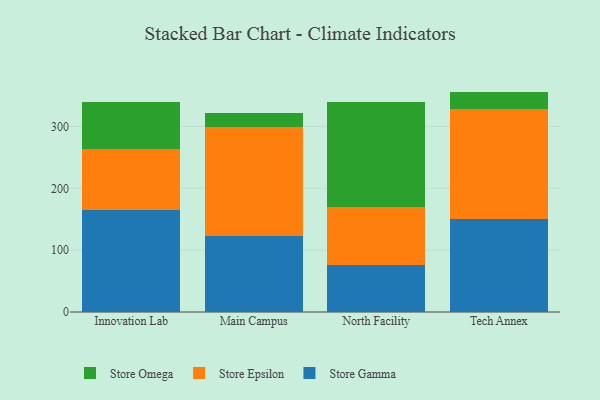
{"axis": {"x": "Campus", "y": "Page Views"}, "legend": ["Store Epsilon", "Store Gamma", "Store Omega"], "data": [{"x": "Innovation Lab", "y": 164.8, "type": "Store Gamma"}, {"x": "Innovation Lab", "y": 99.2, "type": "Store Epsilon"}, {"x": "Innovation Lab", "y": 75.2, "type": "Store Omega"}, {"x": "Main Campus", "y": 123.3, "type": "Store Gamma"}, {"x": "Main Campus", "y": 175.6, "type": "Store Epsilon"}, {"x": "Main Campus", "y": 22.1, "type": "Store Omega"}, {"x": "North Facility", "y": 76.2, "type": "Store Gamma"}, {"x": "North Facility", "y": 94.4, "type": "Store Epsilon"}, {"x": "North Facility", "y": 168.5, "type": "Store Omega"}, {"x": "Tech Annex", "y": 150.3, "type": "Store Gamma"}, {"x": "Tech Annex", "y": 177.7, "type": "Store Epsilon"}, {"x": "Tech Annex", "y": 28.4, "type": "Store Omega"}]}